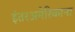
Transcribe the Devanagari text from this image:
इंतरअमेरिकाना